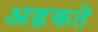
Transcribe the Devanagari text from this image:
अडकते